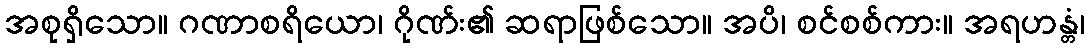
အစုရှိသော။ ဂဏာစရိယော၊ ဂိုဏ်း၏ ဆရာဖြစ်သော။ အပိ၊ စင်စစ်ကား။ အရဟန္တံ၊